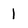
Character: 1